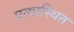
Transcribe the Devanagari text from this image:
प्रत्यास्थित